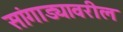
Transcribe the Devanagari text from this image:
सांगाड्यावरील